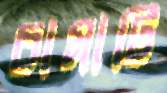
চামাটি